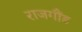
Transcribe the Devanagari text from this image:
राजगौंड